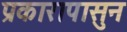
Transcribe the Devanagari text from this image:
प्रकारापासुन